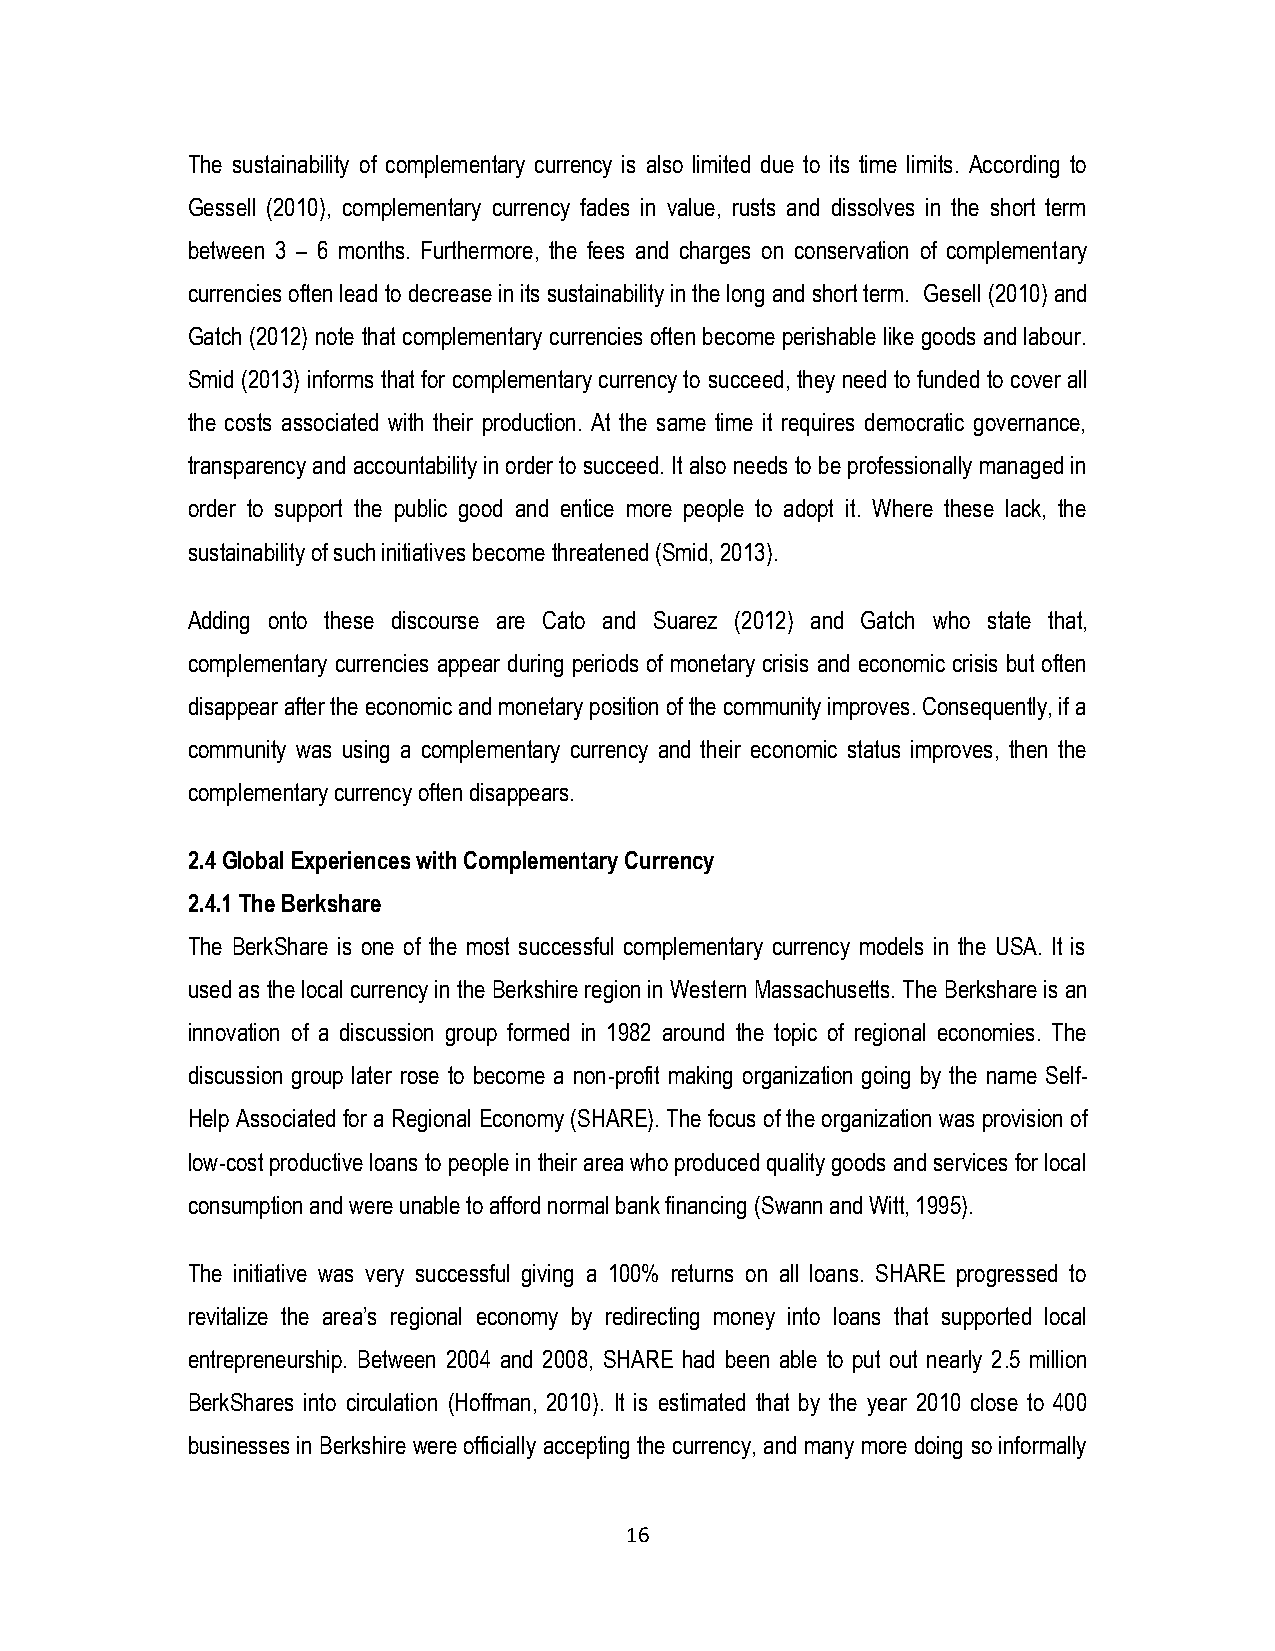
The sustainability of complementary currency is also limited due to its time limits. According to
 Gessell (2010), complementary currency fades in value, rusts and dissolves in the short term
 between 3 – 6 months. Furthermore, the fees and charges on conservation of complementary
 currencies often lead to decrease in its sustainability in the long and short term. Gesell (2010) and
 Gatch (2012) note that complementary currencies often become perishable like goods and labour.
 Smid (2013) informs that for complementary currency to succeed, they need to funded to cover all
 the costs associated with their production. At the same time it requires democratic governance,
 transparency and accountability in order to succeed. It also needs to be professionally managed in
 order to support the public good and entice more people to adopt it. Where these lack, the
 sustainability of such initiatives become threatened (Smid, 2013).
 Adding onto these discourse are Cato and Suarez (2012) and Gatch who state that,
 complementary currencies appear during periods of monetary crisis and economic crisis but often
 disappear after the economic and monetary position of the community improves. Consequently, if a
 community was using a complementary currency and their economic status improves, then the
 complementary currency often disappears.
 2.4 Global Experiences with Complementary Currency
 2.4.1 The Berkshare
 The BerkShare is one of the most successful complementary currency models in the USA. It is
 used as the local currency in the Berkshire region in Western Massachusetts. The Berkshare is an
 innovation of a discussion group formed in 1982 around the topic of regional economies. The
 discussion group later rose to become a non-profit making organization going by the name Self-
 Help Associated for a Regional Economy (SHARE). The focus of the organization was provision of
 low-cost productive loans to people in their area who produced quality goods and services for local
 consumption and were unable to afford normal bank financing (Swann and Witt, 1995).
 The initiative was very successful giving a 100% returns on all loans. SHARE progressed to
 revitalize the area‟s regional economy by redirecting money into loans that supported local
 entrepreneurship. Between 2004 and 2008, SHARE had been able to put out nearly 2.5 million
 BerkShares into circulation (Hoffman, 2010). It is estimated that by the year 2010 close to 400
 businesses in Berkshire were officially accepting the currency, and many more doing so informally
 16